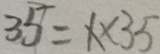
3 5 = 1 \times 3 5